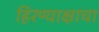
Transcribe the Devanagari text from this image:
हिरण्याक्षाचा